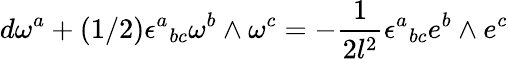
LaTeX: d\omega^{a}+(1/2)\epsilon^{a}{}_{bc}\omega^{b}\wedge\omega^{c}=-\frac{1}{2l^{2}}\epsilon^{a}{}_{bc}e^{b}\wedge e^{c}